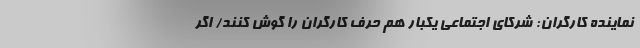
نماینده کارگران: شرکای اجتماعی یکبار هم حرف کارگران را گوش کنند/ اگر